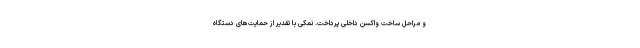
و مراحل ساخت واکسن داخلی پرداخت. نمکی با تقدیر از حمایت‌های دستگاه